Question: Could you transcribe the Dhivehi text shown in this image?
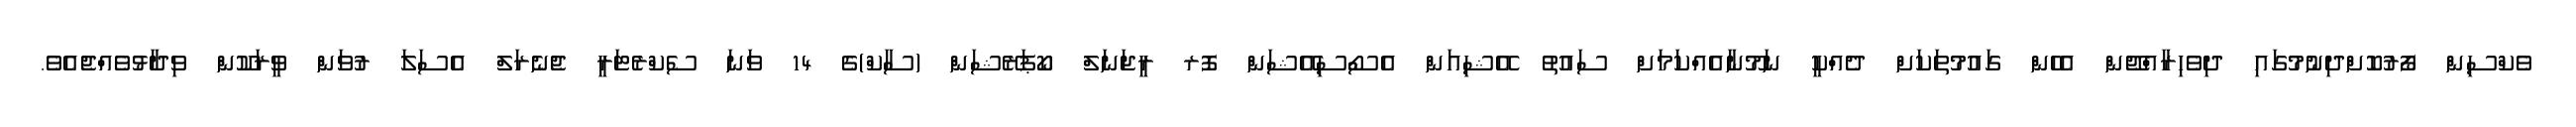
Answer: ވެކްސިން ފޯރުކޮށްދިނުމުގައި ދިވެހިރާއްޖޭން އެހެން ގައުމުތަކަށް ދެއްކީ ނަމޫނާއެއްކަމަށް ސައުތު އޭޝިއަން އެސޯސިއޭޝަން ފޮރ ރީޖަނަލް ކޯޕަރޭޝަން (ސާކް)ގެ 14 ވަނަ ސެކްރެޓަރީ ޖެނެރަލް އެސަލަ ރުވަން ވީރަކޫން ވިދާޅުވެއްޖެއެވެ.